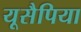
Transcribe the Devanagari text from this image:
यूसैपिया